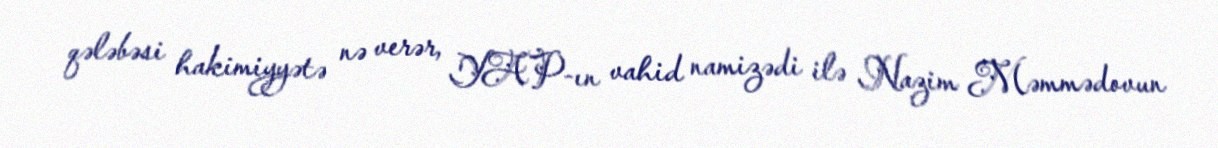
qələbəsi hakimiyyətə nə verər, YAP-ın vahid namizədi ilə Nazim Məmmədovun